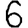
Digit: 6